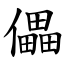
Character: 儡